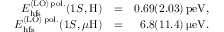
\begin{array} { r l r } { E _ { \mathrm { h f s } } ^ { { \langle \mathrm { L O } \rangle } \, \mathrm { p o l . } } ( 1 S , \mathrm { H } ) } & { = } & { 0 . 6 9 ( 2 . 0 3 ) \, \mathrm { p e V } , } \\ { E _ { \mathrm { h f s } } ^ { { \langle \mathrm { L O } \rangle } \, \mathrm { p o l . } } ( 1 S , \mu \mathrm { H } ) } & { = } & { 6 . 8 ( 1 1 . 4 ) \, \upmu \mathrm { e V } . } \end{array}